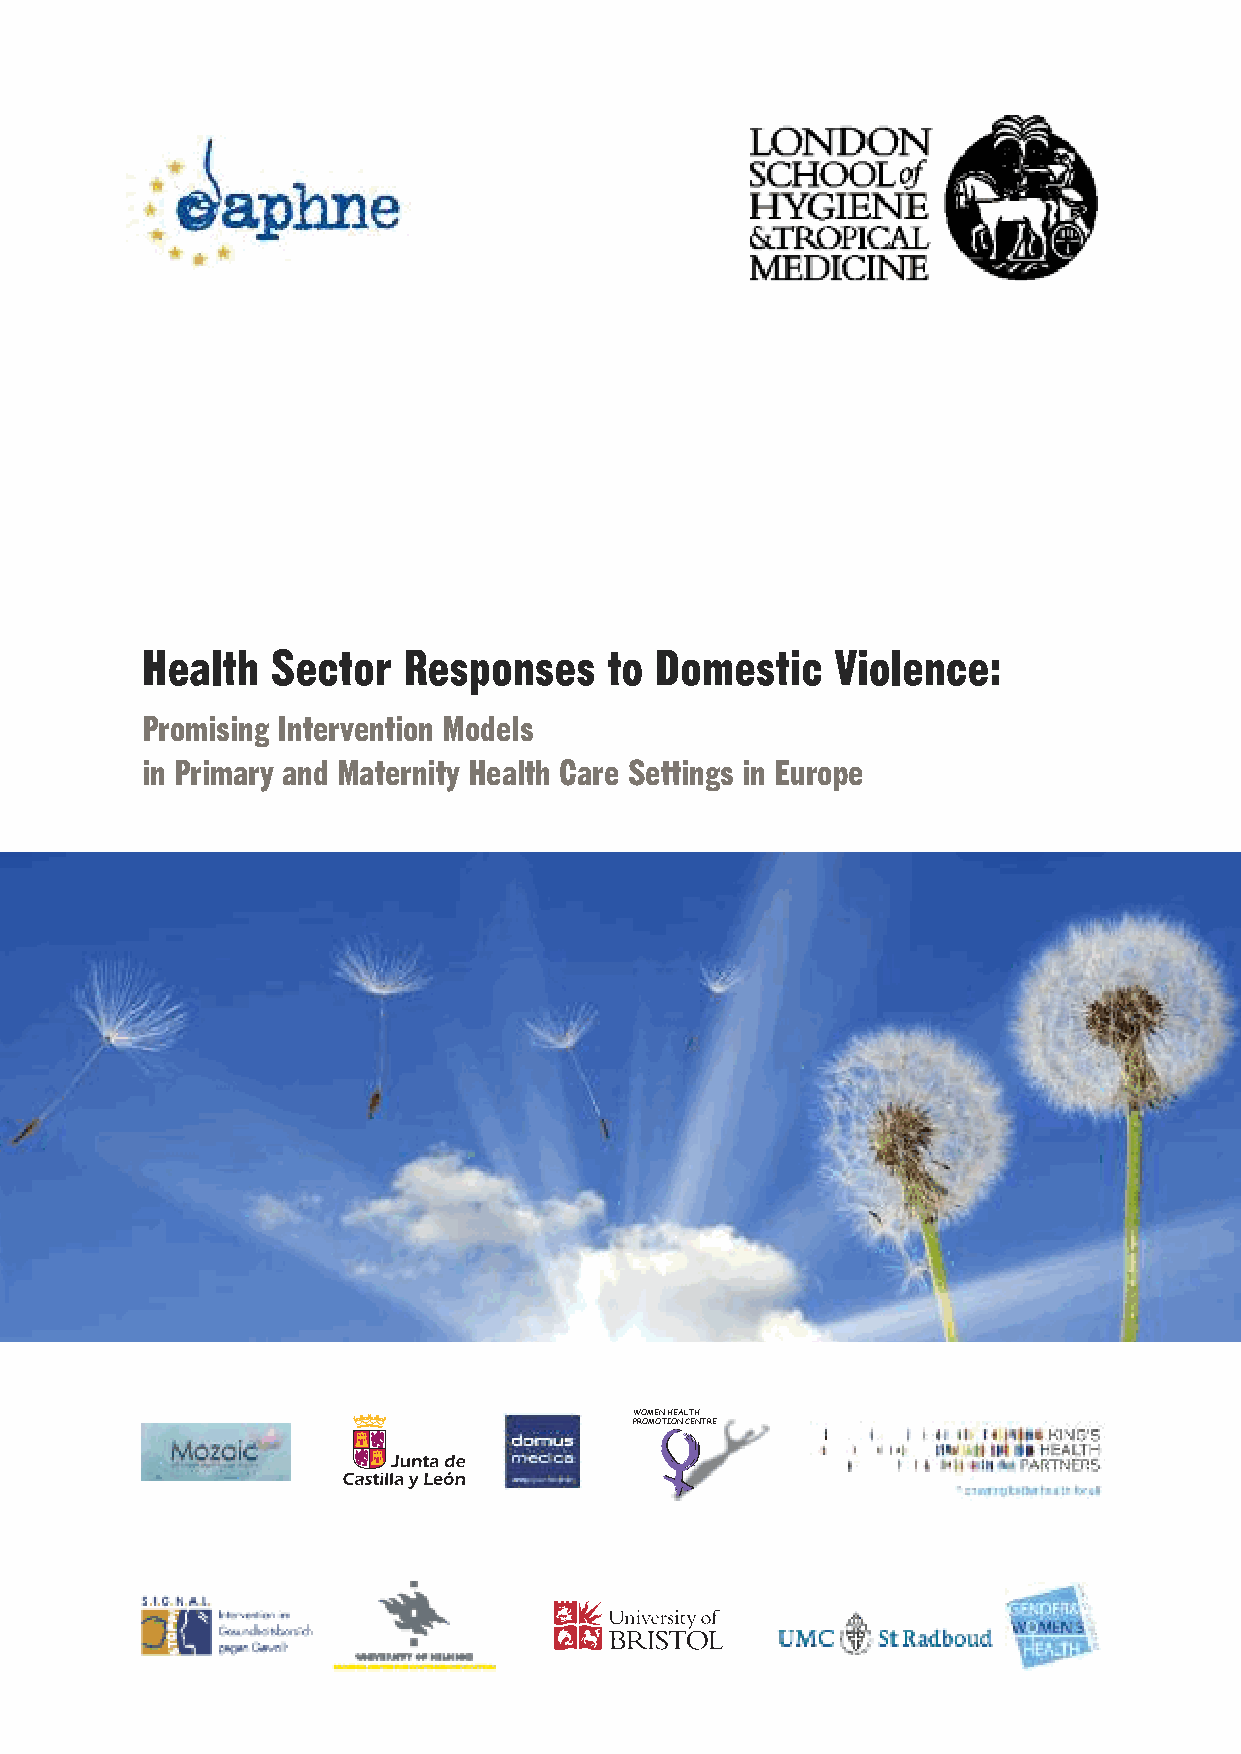
Health   Sector   Responses    to Domestic    Violence:
 Promising Intervention Models
 in Primary and Maternity Health Care Settings in Europe
 WOMEN HEALTH
 PROMOTION CENTRE